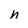
Character: n